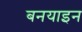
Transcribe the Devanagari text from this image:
बनयाइन